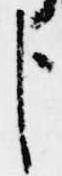
臣